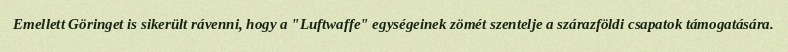
Emellett Göringet is sikerült rávenni, hogy a "Luftwaffe" egységeinek zömét szentelje a szárazföldi csapatok támogatására.